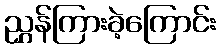
ညွှန်ကြားခဲ့ကြောင်း